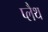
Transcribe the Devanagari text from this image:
प्लैथ